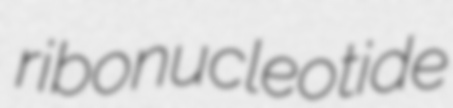
ribonucleotide